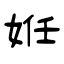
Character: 姙